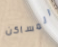
المساكن